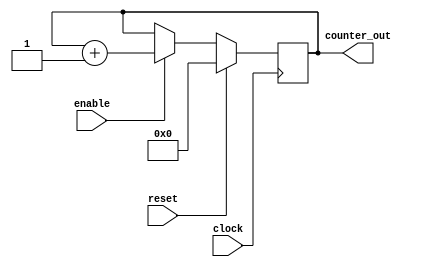
// //////////////////////////////////////////////////////////////////////
// Comment :  This is my second Verilog Design                        ///
// Version :  V1.0                                                    ///
// Program :  This is a 4 bit up-counter (and Testbench code)         ///
/////////////////////////////////////////////////////////////////////////



module Counter (clock,reset,enable,counter_out);

input clock, reset, enable;
output [3:0] counter_out;

wire clock, reset, enable;
reg [3:0] counter_out;

always @ (posedge clock) begin
	if (reset == 1'b1) begin 
		counter_out = 4'b0000;
	end
	
	else if (enable == 1'b1) begin
		counter_out = counter_out + 1;

	end

end
endmodule

//Testbech
module Counter_tb ();

reg clock, reset, enable;
wire [3:0] counter_out;

initial begin

$display ("time\t clk reset enable counter");	
$monitor ("%g\t %b   %b     %b      %b", 
$time, clock, reset, enable, counter_out);
clock = 1;       // initial value of clock
reset = 0;       // initial value of reset
enable = 0;      // initial value of enable
#5  reset = 1;    // Assert the reset
#10  reset = 0;   // De-assert the reset
#10  enable = 1;  // Assert enable
#100  enable = 0; // De-assert enable
#5  $finish; 
end

// Clock generator
always begin
   #5  clock = ~clock; // Toggle clock every 5 ticks
end

// Connect DUT to test bench
Counter U_counter (
clock,
reset,
enable,
counter_out
);

endmodule